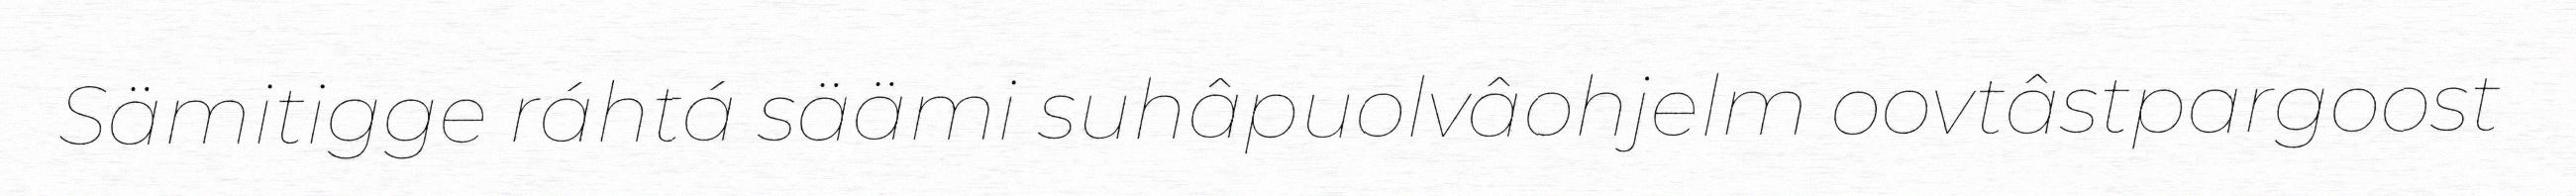
Sämitigge ráhtá säämi suhâpuolvâohjelm oovtâstpargoost